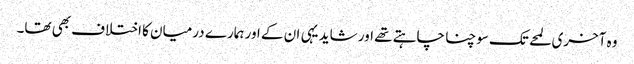
وہ آخری لمحے تک سوچنا چاہتے تھے اور شاید یہی ان کے اور ہمارے درمیان کا اختلاف بھی تھا۔